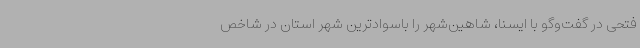
فتحی در گفت‌وگو با ایسنا، شاهین‌شهر را باسوادترین شهر استان در شاخص